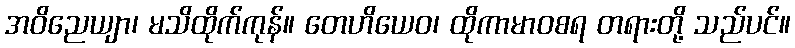
အဝိညေယျာ၊ မသိထိုက်ကုန်။ တေဟိယေဝ၊ ထိုကာမာဝစရ တရားတို့ သည်ပင်။